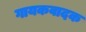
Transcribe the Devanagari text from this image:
गायकवादक